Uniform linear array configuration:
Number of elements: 48
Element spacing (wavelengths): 1
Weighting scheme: cosine
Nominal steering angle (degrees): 45
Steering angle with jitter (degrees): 45.759
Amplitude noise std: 0.05
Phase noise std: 0.05

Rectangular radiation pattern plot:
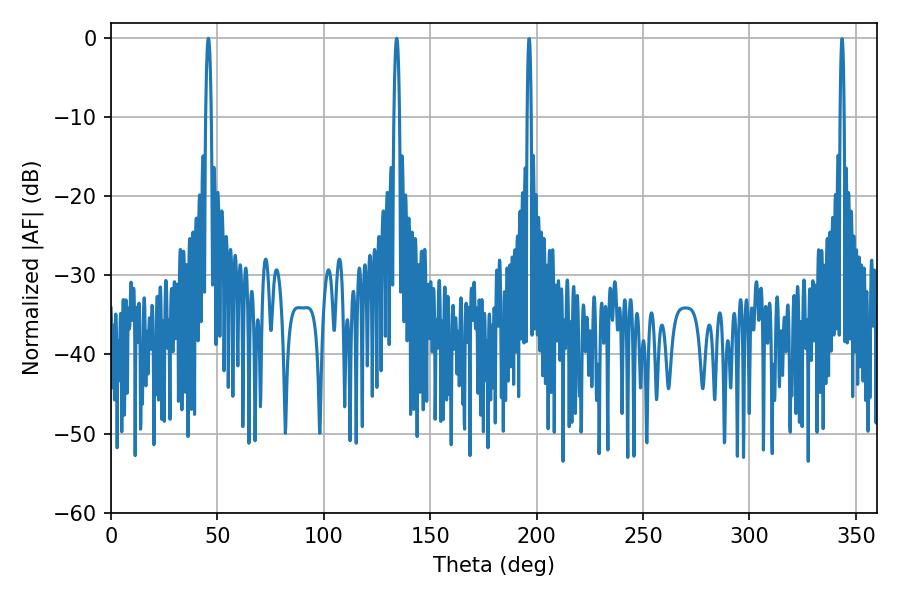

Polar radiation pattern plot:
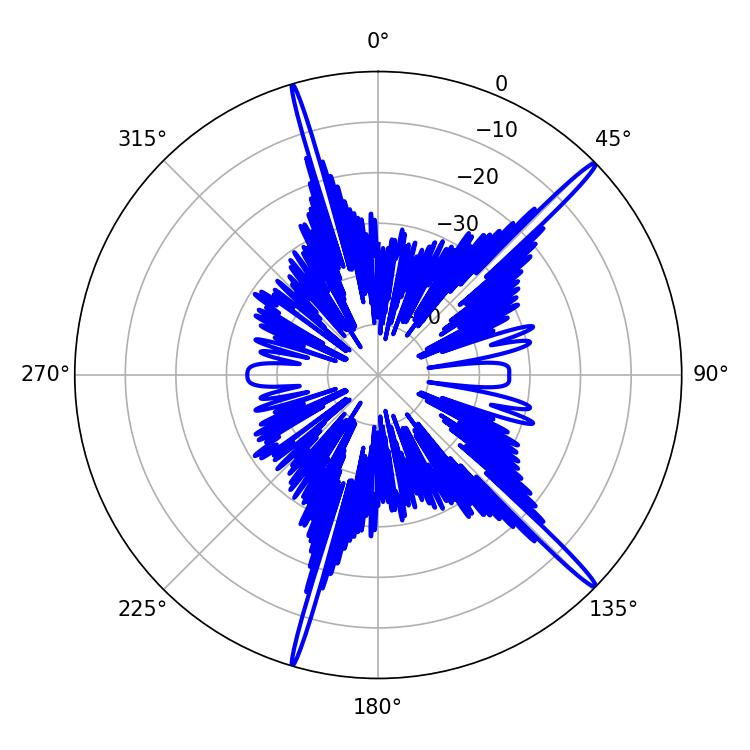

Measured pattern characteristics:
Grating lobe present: TRUE
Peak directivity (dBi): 18.136
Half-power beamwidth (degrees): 1.44
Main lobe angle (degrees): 45.72